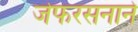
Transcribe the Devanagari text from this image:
जेफरसनाने